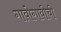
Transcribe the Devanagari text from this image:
गावोगावीची